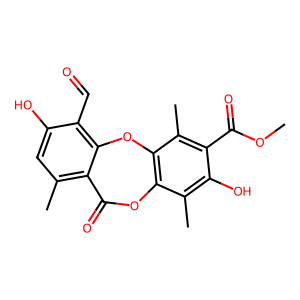
SMILES: COC(=O)c1c(C)c2c(c(C)c1O)OC(=O)c1c(C)cc(O)c(C=O)c1O2
Inhibits HIV replication: Yes